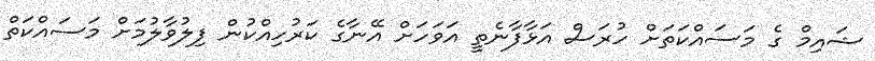
ޝައިމް ގެ މަސައްކަތަށް ހުރަސް އަޅާފާނެތީ އަވަހަށް އޭނާގެ ކަރުހިއްކުން ފިލުވާލުމަށް މަސައްކަތް